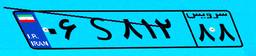
۰۶S۸۱۲۸۸